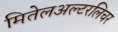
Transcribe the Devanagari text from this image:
मितेलअल्टरलिचर